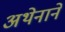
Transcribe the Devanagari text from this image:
अथेनाने